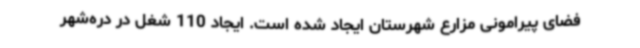
فضای پیرامونی مزارع شهرستان ایجاد شده است. ایجاد 110 شغل در دره‌شهر